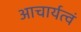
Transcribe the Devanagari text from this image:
आचार्यत्वं